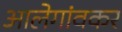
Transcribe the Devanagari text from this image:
आलेगांवकर